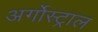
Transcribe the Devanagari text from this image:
अर्गोस्ट्राल